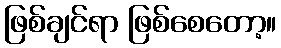
ဖြစ်ချင်ရာ ဖြစ်စေတော့။